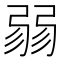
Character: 𢐅